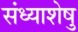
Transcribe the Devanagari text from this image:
संध्याशेषु